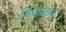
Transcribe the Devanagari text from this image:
चिघळतात